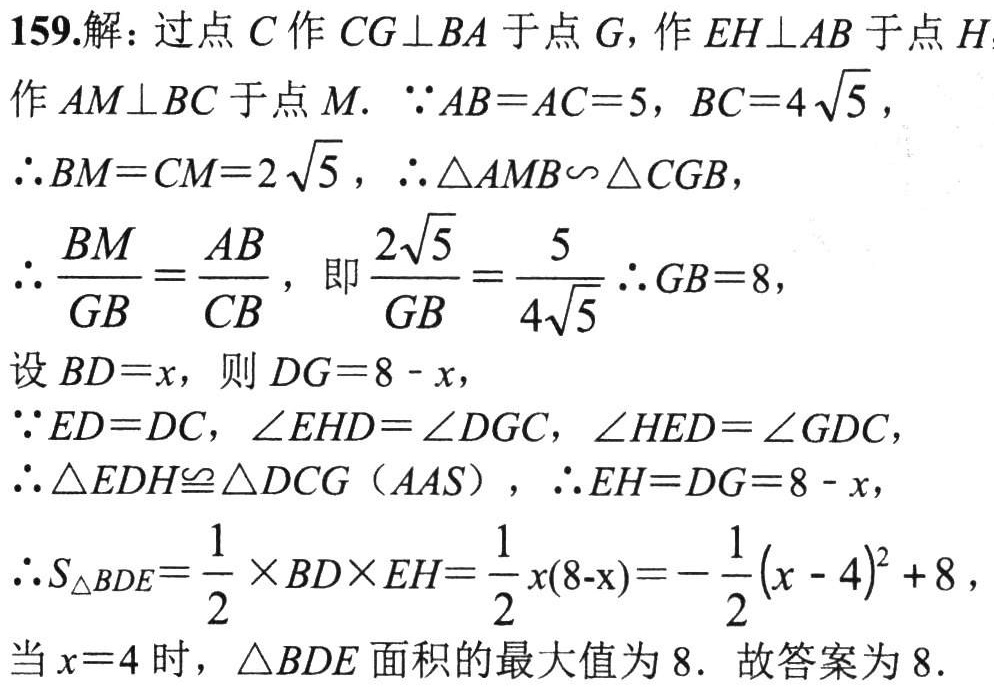
159.解：过点\(C\)作\(CG\perp BA\)于点\(G\)，作\(EH\perp AB\)于点\(H\)

作\(AM\perp BC\)于点\(M\). \(\because AB = AC = 5\)，\(BC = 4\sqrt{5}\)，

\(\therefore BM = CM = 2\sqrt{5}\)，\(\therefore\triangle AMB\sim\triangle CGB\)，

\(\therefore \frac{BM}{GB}=\frac{AB}{CB}\)，即\(\frac{2\sqrt{5}}{GB}=\frac{5}{4\sqrt{5}}\) \(\therefore GB = 8\)，

设\(BD = x\)，则\(DG = 8 - x\)，

\(\because ED = DC\)，\(\angle EHD=\angle DGC\)，\(\angle HED=\angle GDC\)，

\(\therefore\triangle EDH\cong\triangle DCG\)（\(AAS\)），\(\therefore EH = DG = 8 - x\)，

\(\therefore S_{\triangle BDE}=\frac{1}{2}\times BD\times EH=\frac{1}{2}x(8 - x)=-\frac{1}{2}(x - 4)^{2}+8\)，

当\(x = 4\)时，\(\triangle BDE\)面积的最大值为\(8\). 故答案为\(8\).